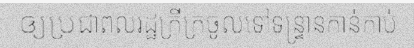
ឲ្យប្រជាពលរដ្ឋក្រីក្រចូលទៅទន្ទ្រានកាន់កាប់